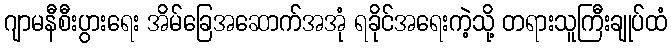
ဂျာမနီစီးပွားရေး အိမ်ခြေအဆောက်အအုံ ရခိုင်အရေးကဲ့သို့ တရားသူကြီးချုပ်ထံ